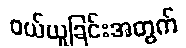
ဝယ်ယူခြင်းအတွက်